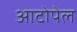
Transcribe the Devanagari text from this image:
आटोपेल